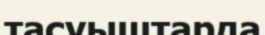
тасуыштарда